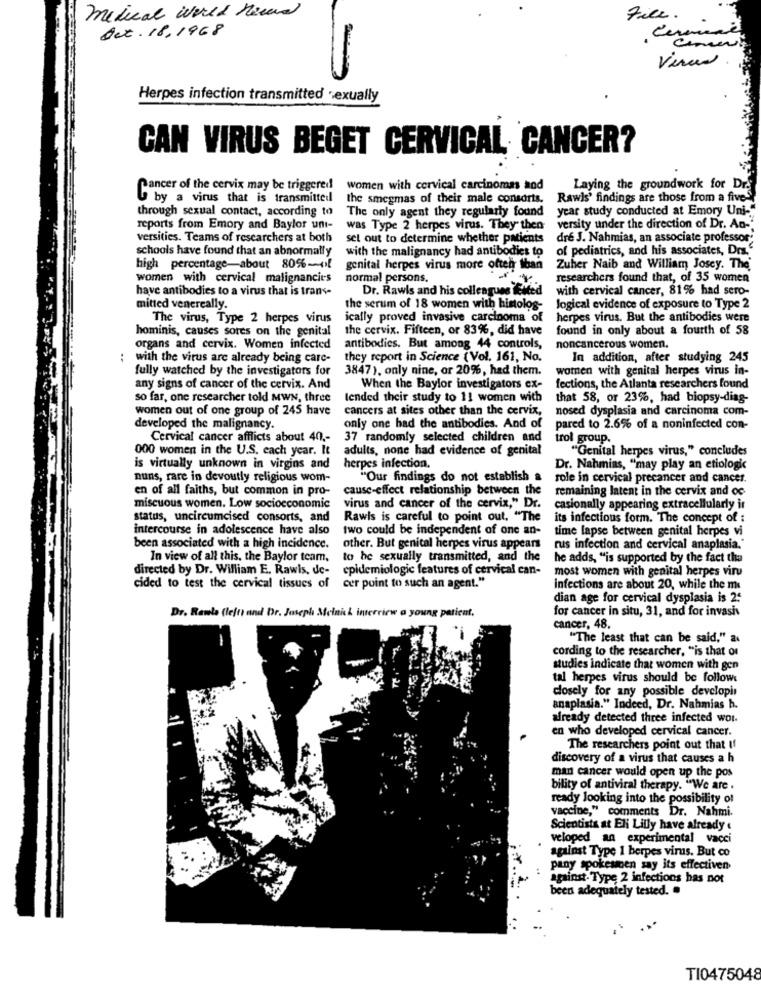
medical world News
File.
Det. 18,1968
virus .
-
Herpes infection transmitted sexually
CAN VIRUS BEGET CERVICAL CANCER?
Pancer of the cervix may be triggered
women with cervical carcinomas and
Laying the groundwork for Dr
U by a virus that is transmitted
the smegmas of their male consorts.
Rawls' findings are those from a five-
through sexual contact, according to
The only agent they regularly found
year study conducted at Emory Uni-
reports from Emory and Baylor uni-
was Type 2 herpes virus. They" then
versity under the direction of Dr. An-
versities. Teams of researchers at both
sel out to determine whether patients
dre J. Nahmias, an associate professor
schools have found that an abnormally
with the malignancy had antibodies to
of pediatrics, and his associates, Drs."
high percentage-about 80%-(if
genital herpes virus more often than
Zuher Naib and William Josey. The'
women with cervical malignancies
normal persons.
researchers found that, of 35 women
have antibodies to a virus that is trans-
Dr. Rawls and his colleagues ified
with cervical cancer, 81% had sero-
mitted venereally.
the serum of 18 women with histolos-
logical evidence of exposure to Type 2
The virus, Type 2 herpes virus
ically proved invasive carcinoma of
herpes virus. But the antibodies were
hominis, causes sores on the genital
the cervix. Fifteen, or 83%, did have
found in only about a fourth of 58
organs and cervix. Women infected
antibodies. But among 44 controls,
noncancerous women.
; with the virus are already being care-
they report in Science ( Vol. 161, No.
In addition, after studying 245
fully watched by the investigators for
3847), only nine, or 20%, had them.
women with genital herpes virus in-
any signs of cancer of the cervix. And
When the Baylor investigators ex-
fections, the Atlanta researchers found
so far, one researcher told MWN, three
tended their study to 11 women with
that 58, or 23%, had biopsy-diag-
women out of one group of 245 have
cancers at sites other than the cervix,
nosed dysplasia and carcinoma com-
developed the malignancy.
only one had the antibodies. And of
pared to 2.6% of a noninfected con-
Cervical cancer afflicts about 40 ,-
37 randomly selected children and
trol group.
000 women in the U.S. each year. It
adults, none had evidence of genital
"Genital herpes virus," concludes
is virtually unknown in virgins and
herpes infection.
Dr. Nahmias, "may play an etiologic
nuns, rare in devoutly religious wom-
"Our findings do not establish a
role in cervical precancer and cancer.
en of all faiths, but common in pro-
cause-effect relationship between the
remaining latent in the cervix and oc
miscuous women. Low socioeconomic
virus and cancer of the cervix," Dr.
casionally appearing extracellularly ir
status, uncircumcised consorts, and
Rawls is careful to point out. "The
its infectious form. The concept of :
intercourse in adolescence have also
two could be independent of one an-
time lapse between genital herpes vi
been associated with a high incidence.
other. But genital herpes virus appears
rus infection and cervical anaplasia."
In view of all this, the Baylor team.
to he sexually transmitted, and the
he adds, "is supported by the fact the
directed by Dr. William E. Rawls, de- epidemiologic features of cervical can-
most women with genital herpes viru
cided to test the cervical tissues of cer point to such an agent."
infections are about 20, while the me
dian age for cervical dysplasia is 2:
for cancer in situ, 31, and for invasis
Dr. Rawls (lefti and Dr. Joseph Melnik interview a young patient.
cancer, 48.
"The least that can be said," as
cording to the researcher, "is that or
studies indicate that women with gen
tal herpes virus should be follow
closely for any possible developin
anaplasia." Indeed, Dr. Nahmias h.
already detected three infected wor.
en who developed cervical cancer.
The researchers point out that If
discovery of a virus that causes a h
man cancer would open up the pos
bility of antiviral therapy. "We are .
ready looking into the possibility of
vaccine," comments Dr. Nahmi.
Scientists at Eli Lilly have already «
veloped an experimental vacci
against Type 1 herpes virus. But co
pany spokesinen say its effectiven
against. Type 2 infections has not
been adequately tested. .
TI0475048